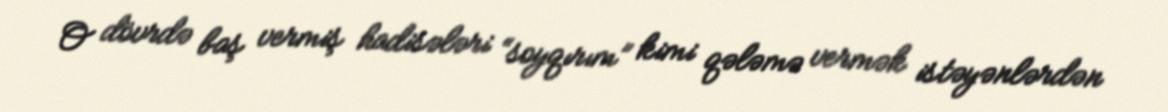
O dövrdə baş vermiş hadisələri “soyqırım” kimi qələmə vermək istəyənlərdən